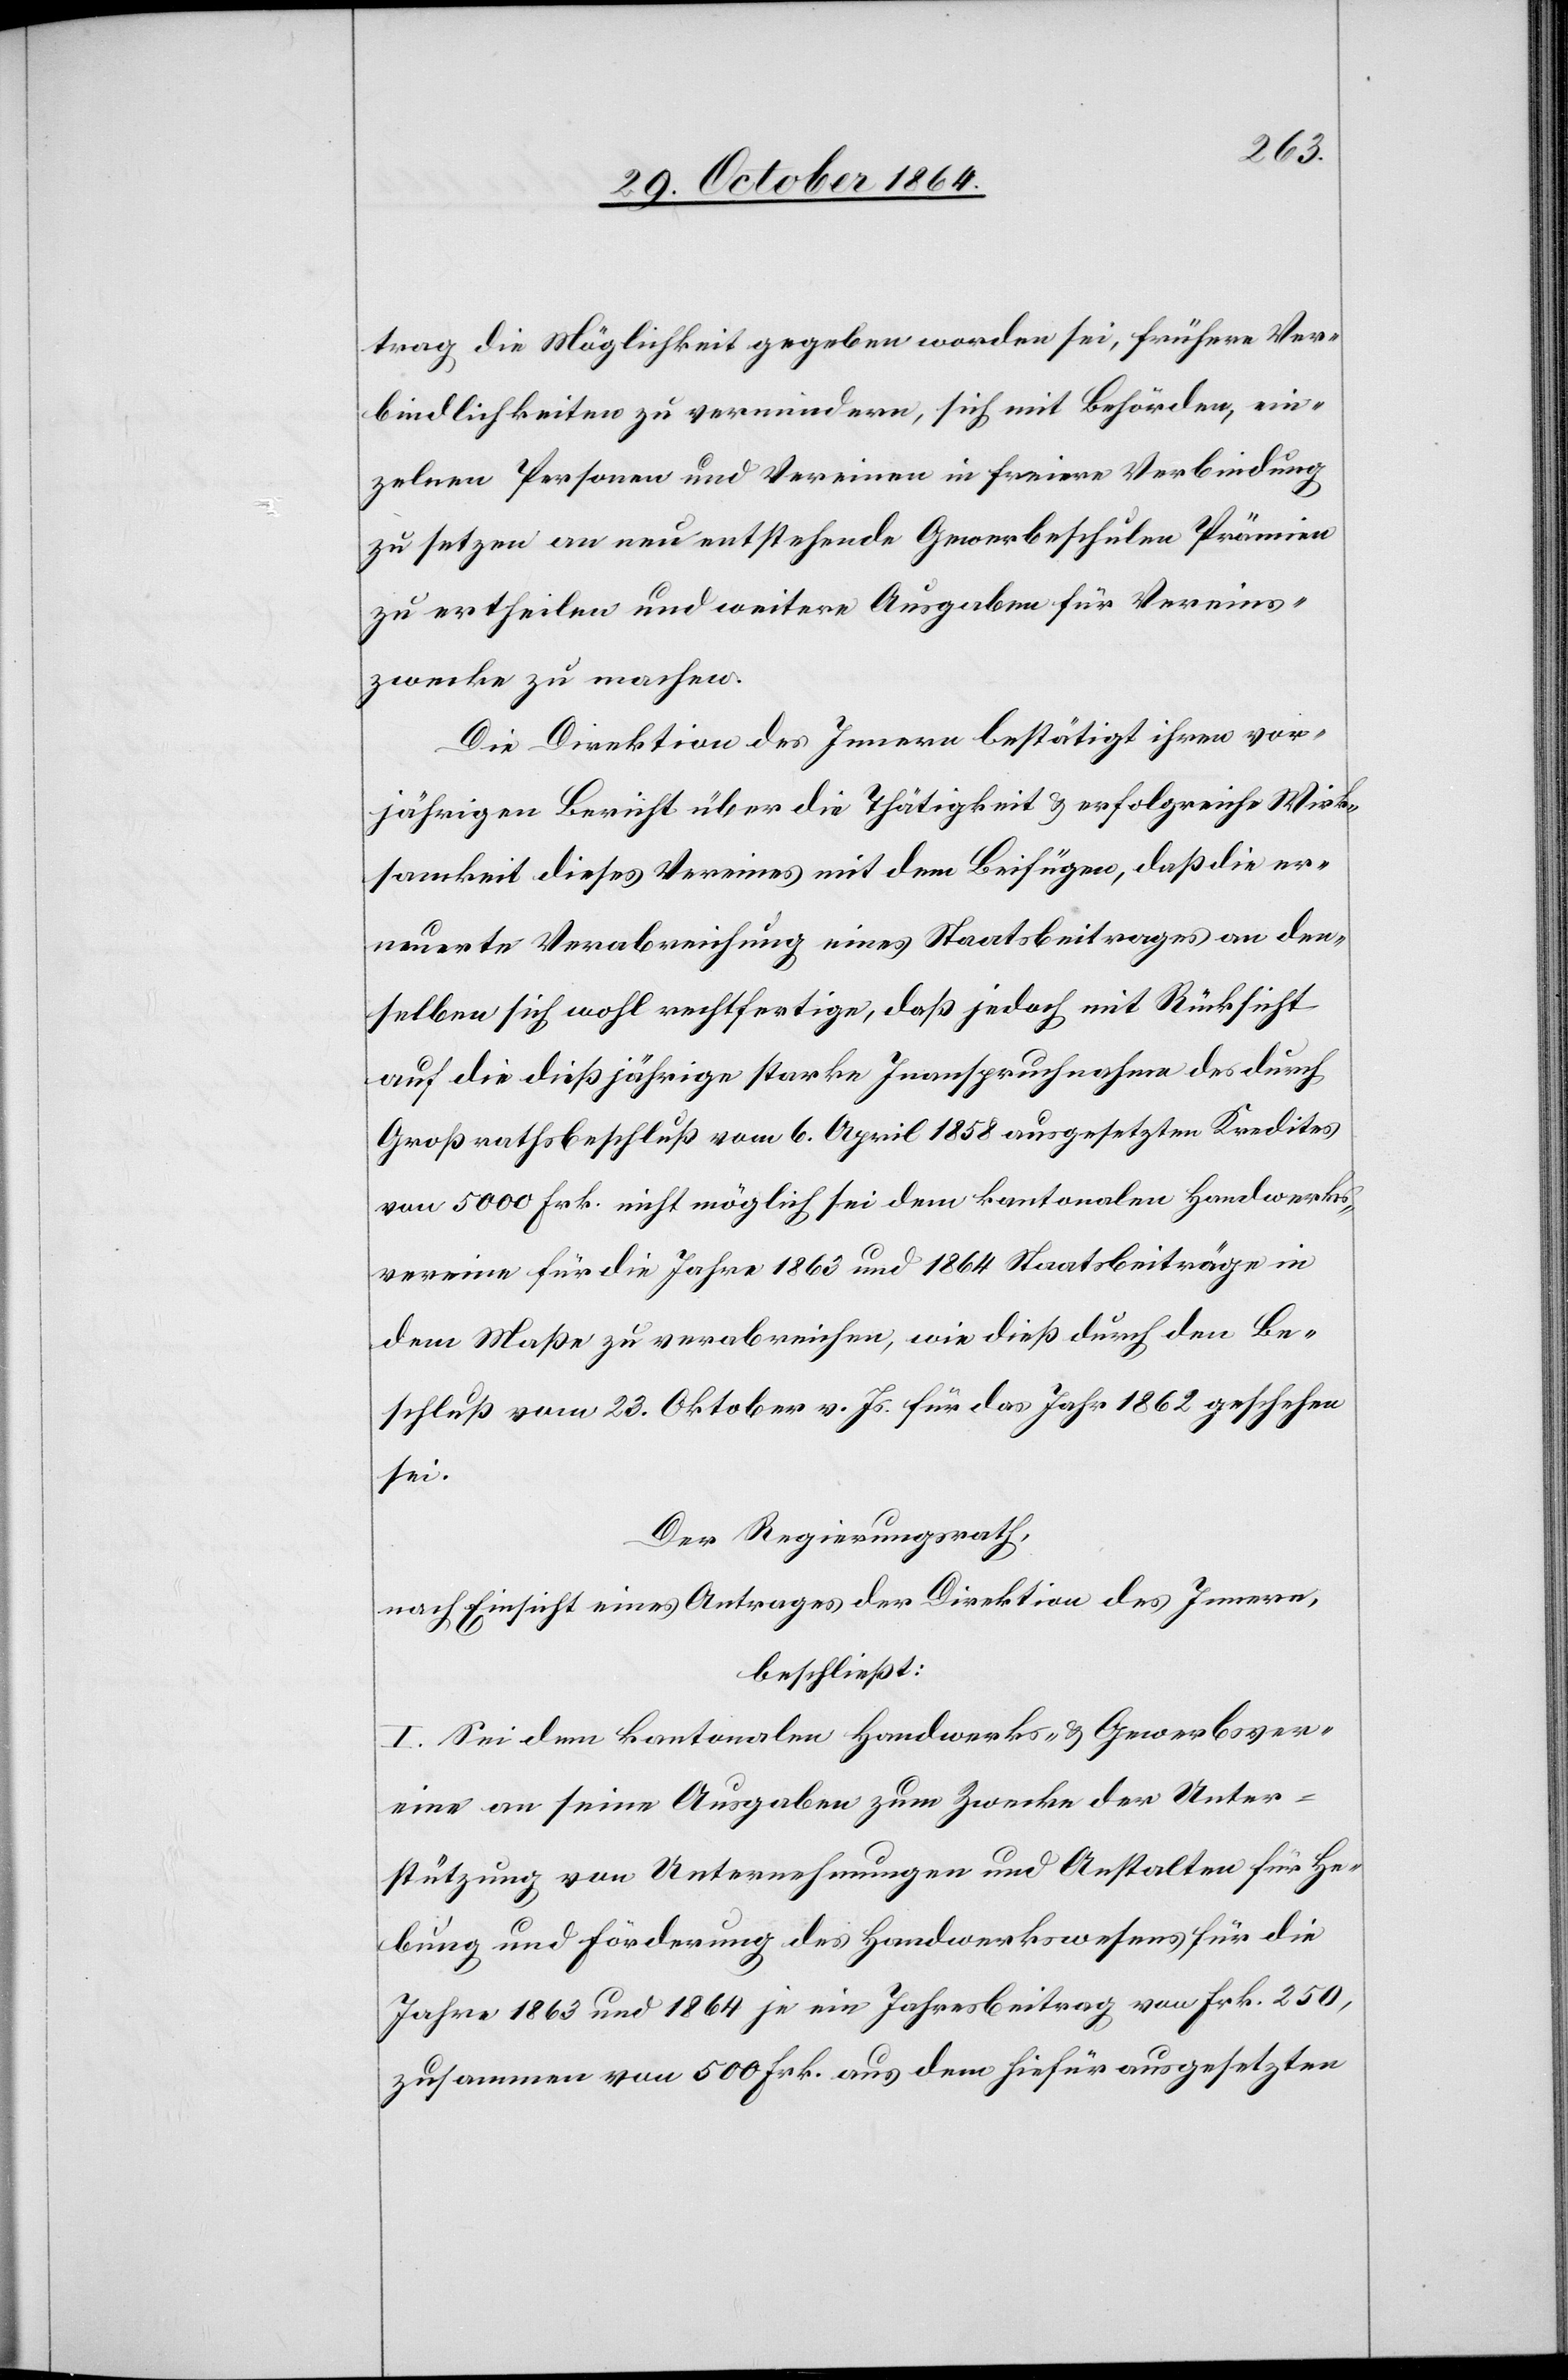
trag die Möglichkeit gegeben worden sei, frühere Ver¬
bindlichkeiten zu vermindern, sich mit Behörden, ein¬
zelnen Personen und Vereinen in freiere Verbindung
zu setzen an neu entstehende Gewerbeschulen Prämien
zu ertheilen und weitere Ausgaben für Vereins¬
zwecke zu machen.
Die Direktion des Innern bestätigt ihren vor¬
jährigen Bericht über die Thätigkeit & erfolgreiche Wirk¬
samkeit dieses Vereines mit dem Beifügen, daß die er¬
neuerte Verabreichung eines Staatsbeitrages an den¬
selben sich wohl rechtfertige, daß [es] jedoch mit Rücksicht
auf die dießjährige starke Inanspruchnahme des durch
Großrathsbeschluß vom 6. April 1858 ausgesetzten Kredites
von 5000 Frk. nicht möglich sei dem kantonalen Handwerks¬
vereine für die Jahre 1863 und 1864 Staatsbeiträge in
dem Maße zu verabreichen, wie dieß durch den Be¬
schluß vom 23. Oktober v. Js. für das Jahr 1862 geschehen
sei.
Der Regierungsrath,
nach Einsicht eines Antrages der Direktion des Innern,
beschließt:
I. Sei dem kantonalen Handwerks- & Gewerbever¬
eine an seine Ausgaben zum Zwecke der Unter¬
stützung von Unternehmungen und Anstalten für He¬
bung und Förderung des Handwerkswesens für die
Jahre 1863 und 1864 je ein Jahresbeitrag von Frk. 250,
zusammen von 500 Frk. aus dem hiefür ausgesetzten